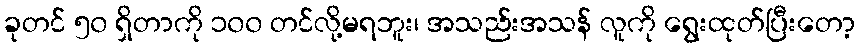
ခုတင် ၅၀ ရှိတာကို ၁၀၀ တင်လို့မရဘူး၊ အသည်းအသန် လူကို ရွေးထုတ်ပြီးတော့